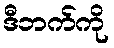
ဒီဘက်ကို